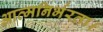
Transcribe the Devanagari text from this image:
आत्मनिर्भरता।